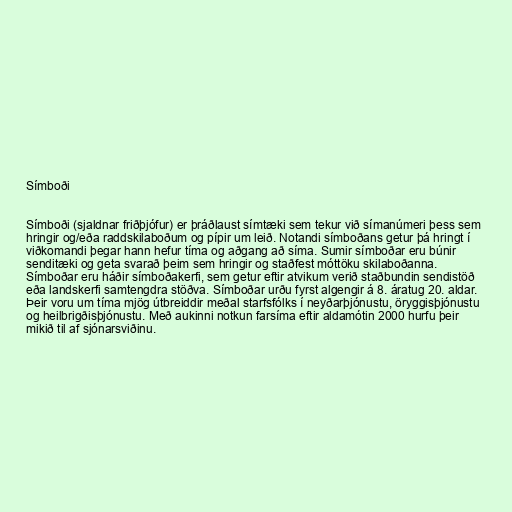
Símboði

Símboði (sjaldnar friðþjófur) er þráðlaust símtæki sem tekur við símanúmeri þess sem
hringir og/eða raddskilaboðum og pípir um leið. Notandi símboðans getur þá hringt í
viðkomandi þegar hann hefur tíma og aðgang að síma. Sumir símboðar eru búnir
senditæki og geta svarað þeim sem hringir og staðfest móttöku skilaboðanna.
Símboðar eru háðir símboðakerfi, sem getur eftir atvikum verið staðbundin sendistöð
eða landskerfi samtengdra stöðva. Símboðar urðu fyrst algengir á 8. áratug 20. aldar.
Þeir voru um tíma mjög útbreiddir meðal starfsfólks í neyðarþjónustu, öryggisþjónustu
og heilbrigðisþjónustu. Með aukinni notkun farsíma eftir aldamótin 2000 hurfu þeir
mikið til af sjónarsviðinu.